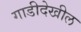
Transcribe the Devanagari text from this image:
गाडीदेखील